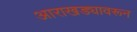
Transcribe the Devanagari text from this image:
आराखड्यावरून